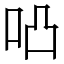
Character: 𠱂